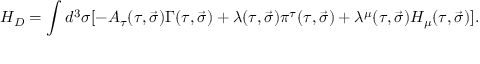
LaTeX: H _ { D } = \int d ^ { 3 } \sigma [ - A _ { \tau } ( \tau , \vec { \sigma } ) \Gamma ( \tau , \vec { \sigma } ) + \lambda ( \tau , \vec { \sigma } ) \pi ^ { \tau } ( \tau , \vec { \sigma } ) + \lambda ^ { \mu } ( \tau , \vec { \sigma } ) { \cal H } _ { \mu } ( \tau , \vec { \sigma } ) ] .